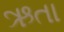
ઋતા